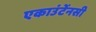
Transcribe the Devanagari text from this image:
एकाउंटेंनसी